Annual report on the health of the army in India
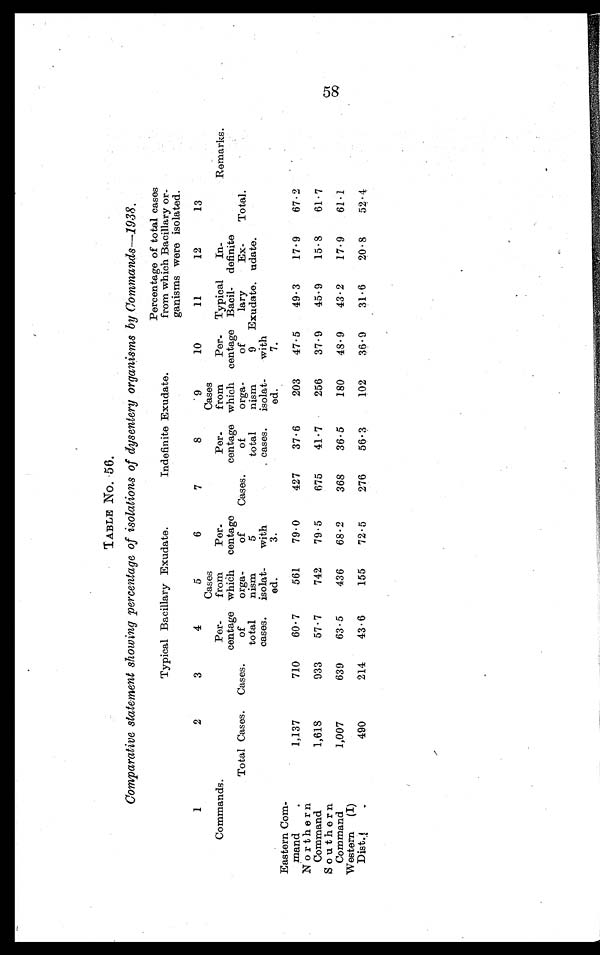
TABLE No. 56.
Comparative statement showing percentage of isolations of dysentery organisms by Commands-1938.
Typical Bacillary Exudate.
Indefinite Exudate.
Percentage of total cases
from which Bacillary or-
ganisms were isolated.
1
2
3
4
5
6
7
8
.9
10
11
12
13
Commands
Total Cases.
Cases.
Per-
centage
of
total
cases.
Cases
from
which
orga-
nism
isolat-
ed.
Per-
centage
of
5
with
3.
Cases.
Per-
centage
of
total
cases.
Cases
from
which
orga-
nism
isolat-
ed.
Per-
centage
of
9
with
7.
Typical
Bacil-
lary
Exudate.
In-
definite
Ex-
udate.
Total.
Remarks.
Eastern Com-
mand .
1,137
710
60.7
561
79.0
427
37.6
203
47.5
49.3
17.9
67.2
Northern
Command
1,618
933
57.7
742
79.5
675
41.7
256
37.9
45.9
15.8
61.7
Southern
Command
1,007
639
63.5
436
68.2
368
36.5
180
48.9
43.2
17.9
61.1
Western
(I)
Dist.
490
214
43.6
155
72.5
276
56.3
102
36.9
31.6
20.8
52.4
58